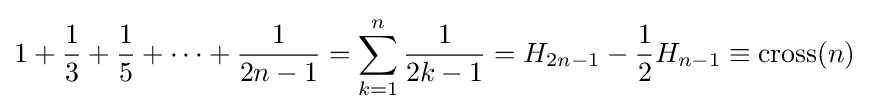
1+{\frac {1}{3}}+{\frac {1}{5}}+\cdots +{\frac {1}{2n-1}}=\sum _{k=1}^{n}{\frac {1}{2k-1}}=H_{2n-1}-{\frac {1}{2}}H_{n-1}\equiv \mathrm {cross} (n)